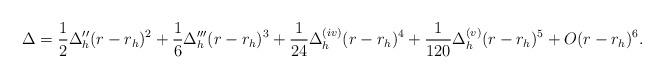
LaTeX: \begin{align*}\Delta = \frac {1}{2} \Delta _{h}'' (r-r_{h})^{2}+\frac {1}{6} \Delta _{h}'''(r-r_{h}) ^{3}+\frac {1}{24} \Delta _{h}^{(iv)} (r-r_{h})^{4}+\frac {1}{120} \Delta _{h}^{(v)} (r-r_{h})^{5}+O(r-r_{h})^{6}.\end{align*}